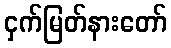
ငှက်မြတ်နားတော်